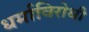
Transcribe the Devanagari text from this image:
धर्माविरोधी